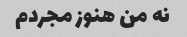
نه من هنوز مجردم